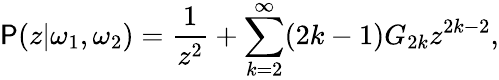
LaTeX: {\cal\mathsf{P}}(z|\omega_{1},\omega_{2})=\frac{{1}}{{z^{2}}}+\sum_{k=2}^{\infty}(2k-1)G_{2k}z^{2k-2},